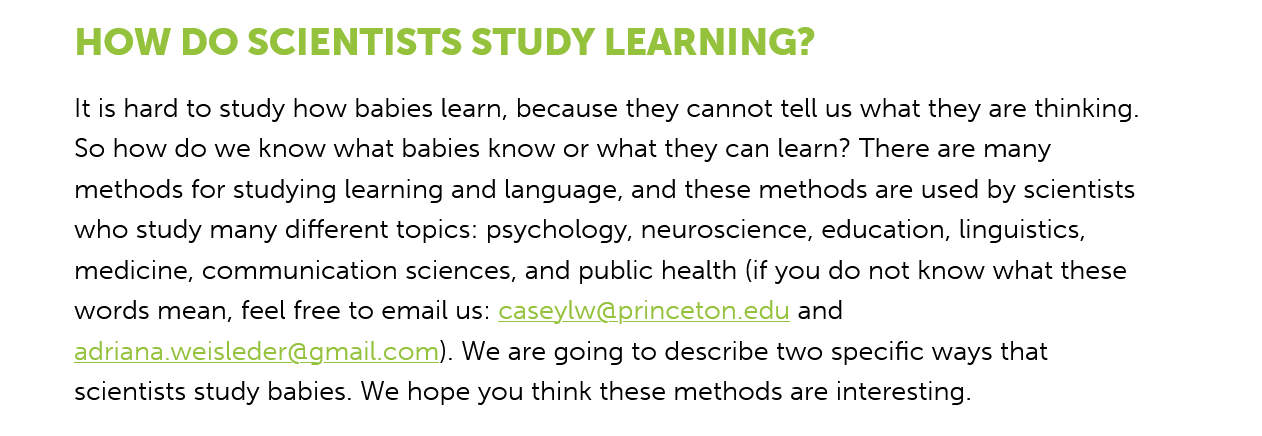
HOW    DO SCIENTISTS    STUDY    LEARNING?
     It is hard to study how babies learn, because they cannot tell us what they are thinking.
     So how do we  know what babies know or what they can learn? There are many
     methods for studying learning and language, and these methods are used by scientists
     who study many different topics: psychology, neuroscience, education, linguistics,
     medicine, communication sciences, and public health (if you do not know what these
     words mean, feel free to email us: caseylw@princeton.edu and
     adriana.weisleder@gmail.com). We are going to describe two specific ways that
     scientists study babies. We hope you think these methods are interesting.